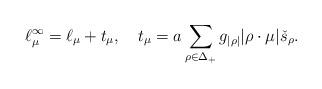
LaTeX: \begin{align*}\ell^\infty_\mu=\ell_\mu +t_\mu,\quad t_\mu=a\sum_{\rho\in\Delta_+}g_{|\rho|}|\rho\cdot\mu| \check{s}_{\rho}.\end{align*}